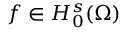
f \in H _ { 0 } ^ { s } ( \Omega )